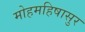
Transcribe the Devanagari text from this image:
मोहमहिषासुर